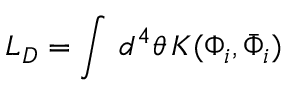
{ \cal L } _ { D } = \int \, d ^ { 4 } \theta \, K ( \Phi _ { i } , \bar { \Phi } _ { i } )